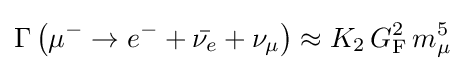
\Gamma \left(\mu ^{-}\rightarrow e^{-}+{\bar {\nu _{e}}}+\nu _{\mu }\right)\approx K_{2}\,G_{\text{F}}^{2}\,m_{\mu }^{5}~